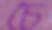
চৈ